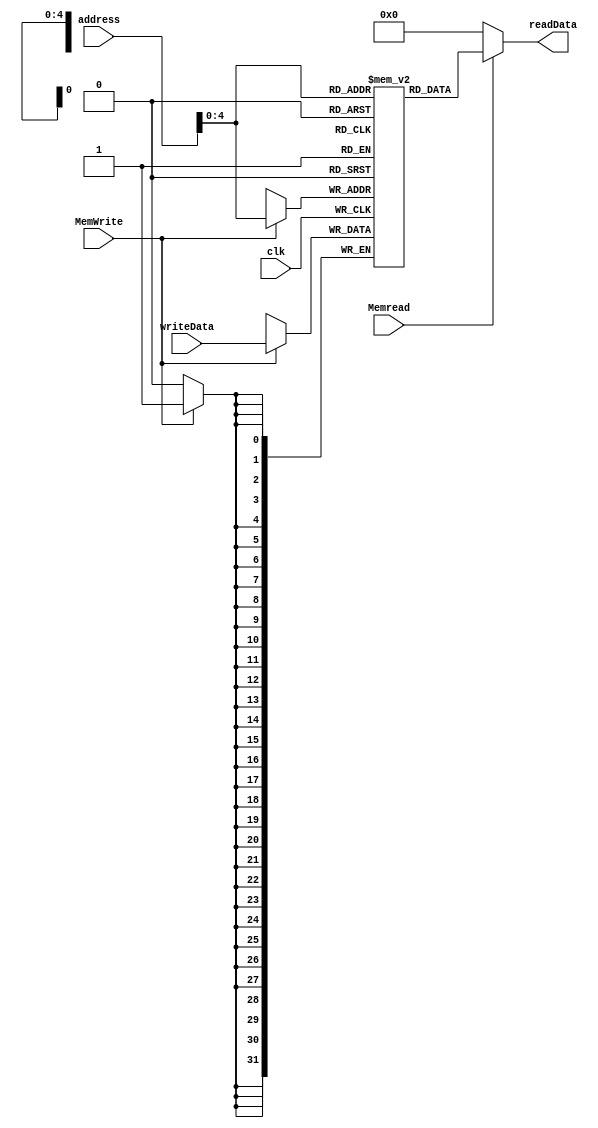
`timescale 1ns / 1ps
//////////////////////////////////////////////////////////////////////////////////
// Company: 
// Engineer: 
// 
// Design Name: 
// Module Name: datamem
// Project Name: 
// Target Devices: 
// Tool Versions: 
// Description: 
// 
// Dependencies: 
// 
// Revision:
// Revision 0.01 - File Created
// Additional Comments:
// 
//////////////////////////////////////////////////////////////////////////////////


module datamem(MemWrite,Memread,address,writeData,clk,readData);
reg[31:0] memory [0:31];
input MemWrite,Memread,clk;
input [31:0] address,writeData;
output reg [31:0] readData;
initial
begin
memory[0] = 32'b10000000000000000000000000000001;  
memory[1] = 32'b00000000000000000000000000001111;
memory[2] = 32'b00000000000000000000000000000010;
memory[3] = 32'b00000000000000000000000000000011;  
memory[4] = 32'b00000000000000000000000000000100;  
memory[5] = 32'b00000000000000000000000000000101;  
memory[6] = 32'b00000000000000000000000000000110;  
memory[7] = 32'b00000000000000000000000000000111;  
memory[8] = 32'b00000000000000000000000000001000;  
memory[9] = 32'b00000000000000000000000000001001;  
memory[10] = 32'b00000000000000000000000000001010;  
memory[11] = 32'b00000000000000000000000000001011;  
memory[12] = 32'b00000000000000000000000000001100;  
memory[13] = 32'b00000000000000000000000000001101;  
memory[14] = 32'b00000000000000000000000000000000;  
memory[15] = 32'b00000000000000000000000000000000;  
memory[16] = 32'b00000000000000000000000000000000;  
memory[17] = 32'b00000000000000000000000000000000;  
memory[18] = 32'b00000000000000000000000000000000;  
memory[19] = 32'b00000000000000000000000000000000;  
memory[20] = 32'b00000000000000000000000000000000;  
memory[21] = 32'b00000000000000000000000000000000;  
memory[22] = 32'b00000000000000000000000000000000;  
memory[23] = 32'b00000000000000000000000000000000;  
memory[24] = 32'b00000000000000000000000000000000;  
memory[25] = 32'b00000000000000000000000000000000;  
memory[26] = 32'b00000000000000000000000000000000;  
memory[27] = 32'b00000000000000000000000000000000;  
memory[28] = 32'b00000000000000000000000000000000;  
memory[29] = 32'b00000000000000000000000000000000;  
memory[30] = 32'b00000000000000000000000000000000;  
memory[31] = 32'b00000000000000000000000000000000;    
end
always@(negedge clk) 
begin
if(MemWrite==1) begin
memory[address]<=writeData;
end
end
always@(address or Memread)
begin
if(Memread==1)begin
readData=memory[address];
end
else readData=32'h0;
end
endmodule